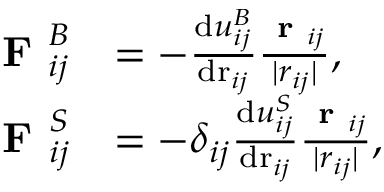
\begin{array} { r l } { \textbf { F } _ { i j } ^ { B } } & { = - \frac { \mathrm { d } u _ { i j } ^ { B } } { \mathrm { d r } _ { i j } } \frac { \textbf { r } _ { i j } } { | r _ { i j } | } , } \\ { \textbf { F } _ { i j } ^ { S } } & { = - \delta _ { i j } \frac { \mathrm { d } u _ { i j } ^ { S } } { \mathrm { d r } _ { i j } } \frac { \textbf { r } _ { i j } } { | r _ { i j } | } , } \end{array}